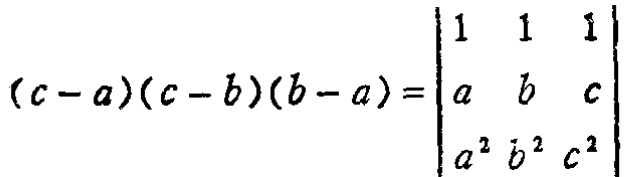
\((c - a)(c - b)(b - a)=\begin{vmatrix}

1&1&1\\

a&b&c\\

a^{2}&b^{2}&c^{2}

\end{vmatrix}\)